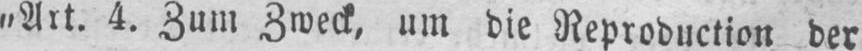
„Art. 4. Zum Zweck, um die Reproduction der